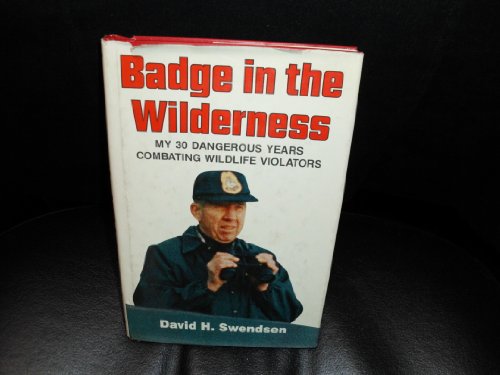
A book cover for Badge in the Wilderness; David Swendsen; Sports & Outdoors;